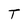
Character: T